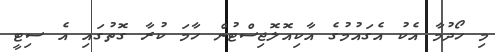
މި ހޯދުމާ އެކު އެގައުމުގެ އާކިއޮލޮޖިސްޓުން ހާމަ ކުރާ ގޮތުގައި އެ ސިޓީ